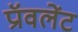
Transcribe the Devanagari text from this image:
प्रॉवलेंट